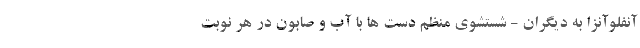
آنفلوآنزا به دیگران - شستشوی منظم دست ها با آب و صابون در هر نوبت